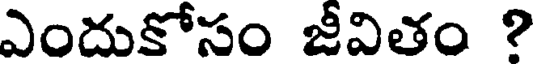
ఎందుకోసం జీవితం ?